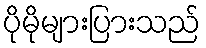
ပိုမိုများပြားသည်